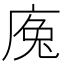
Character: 𢉕